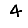
Digit: 4